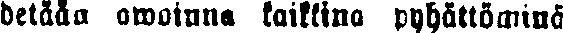
detään awoinna kaikkina pyhättöminä